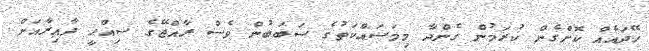
ހޭދައެއް ކޮށްގެން ކުރަމުން ގެންދާ މިމަސައްކަތުގެ ސަބަބުން ވެސް ރާއްޖޭގެ ސިއްހީ ދާއިރާއަށް